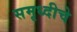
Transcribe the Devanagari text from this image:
समृध्‍दीचे